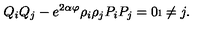
Q _ { i } Q _ { j } - e ^ { 2 \alpha \varphi } \rho _ { i } \rho _ { j } P _ { i } P _ { j } = 0 \i \neq j .